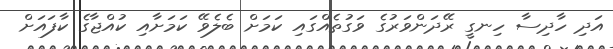
އަދި ހާދިސާ ހިނގީ ރޭދަންވަރުގެ ވަގުތެއްގައި ކަމަށް ބެލެވޭ ކަމަށާއި ކުއްޖާގެ ކާފައަށް